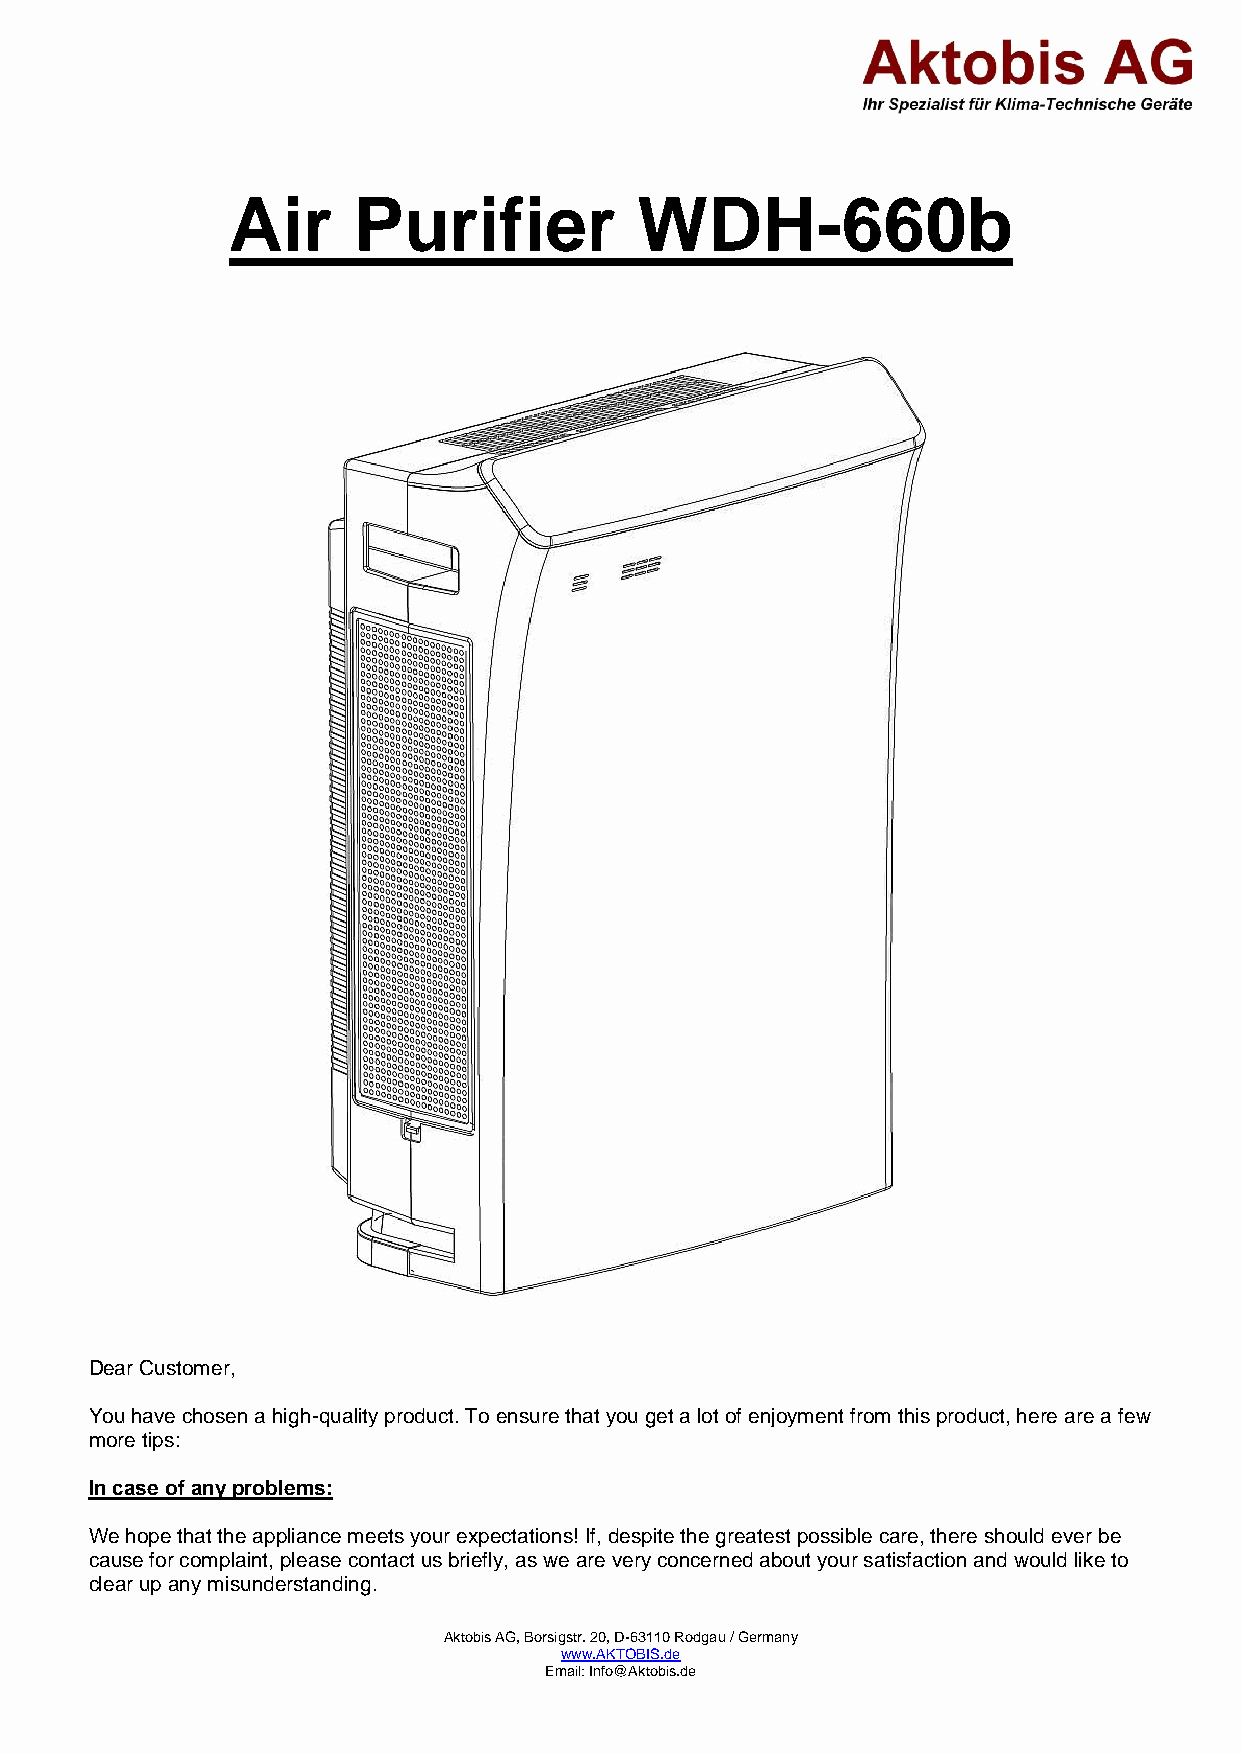
Air     Purifier           WDH-660b
 Dear Customer,
 You have chosen a high-quality product. To ensure that you get a lot of enjoyment from this product, here are a few
 more tips:
 In case of any problems:
 We hope that the appliance meets your expectations! If, despite the greatest possible care, there should ever be
 cause for complaint, please contact us briefly, as we are very concerned about your satisfaction and would like to
 clear up any misunderstanding.
 Aktobis AG, Borsigstr. 20, D-63110 Rodgau / Germany
 www.AKTOBIS.de
 Email: Info@Aktobis.de